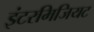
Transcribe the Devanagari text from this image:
इंटरमिजियट